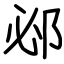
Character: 邲